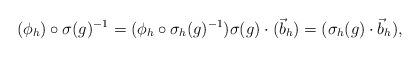
\begin{align*}(\phi_{h})\circ \sigma(g)^{-1}=(\phi_{h}\circ \sigma_{h}(g)^{-1})\sigma(g)\cdot(\vec b_{h})=(\sigma_{h}(g)\cdot \vec b_{h}),\end{align*}